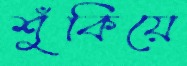
শুঁকিয়ে